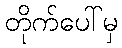
တိုက်ပေါ်မှ